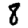
Digit: 8